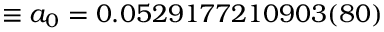
\equiv a _ { 0 } = 0 . 0 5 2 9 1 7 7 2 1 0 9 0 3 ( 8 0 )